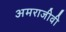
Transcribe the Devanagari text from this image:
अमराजीवी